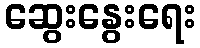
ဆွေးနွေးရေး